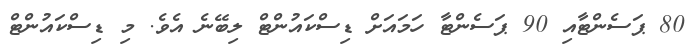
80 ޕަސެންޓާއި 90 ޕަސެންޓާ ހަމައަށް ޑިސްކައުންޓް ލިބޭނެ އެވެ. މި ޑިސްކައުންޓް